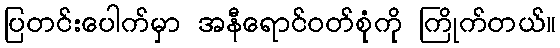
ပြတင်းပေါက်မှာ အနီရောင်ဝတ်စုံကို ကြိုက်တယ်။